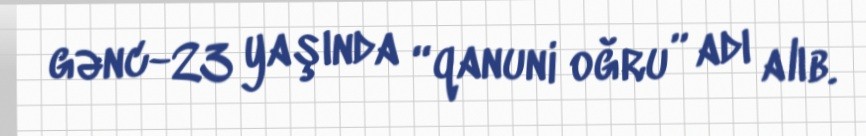
gənc-23 yaşında “qanuni oğru” adı alıb.